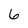
Character: 6